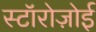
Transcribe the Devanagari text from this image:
स्टॉरोज़ोई